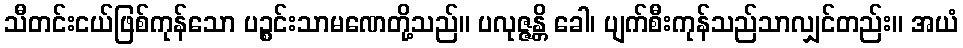
သီတင်းငယ်ဖြစ်ကုန်သော ပဉ္စင်းသာမဏေတို့သည်။ ပလုဇ္ဇန္တိ ခေါ၊ ပျက်စီးကုန်သည်သာလျှင်တည်း။ အယံ